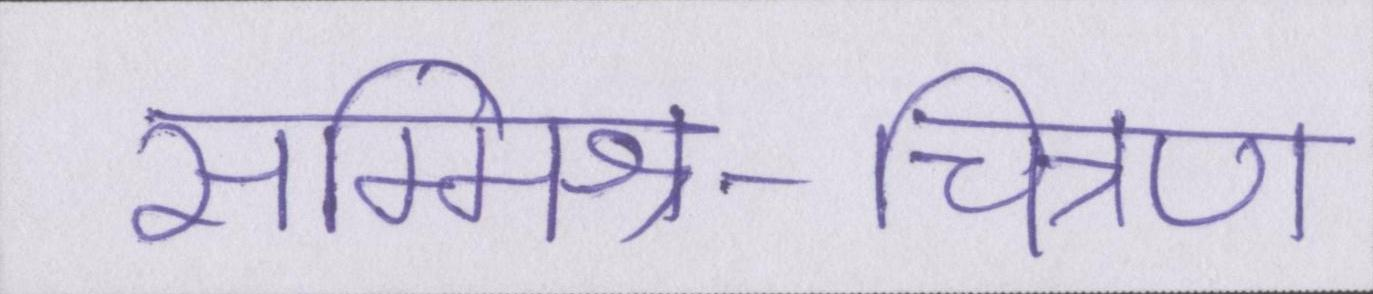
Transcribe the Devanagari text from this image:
सम्मिश्र-चित्रण